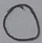
Text: O